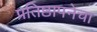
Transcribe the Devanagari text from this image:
प्रतिष्ठापनेचा